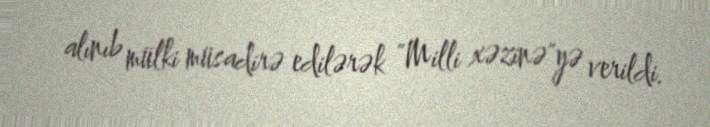
alınıb mülki müsadirə edilərək "Milli xəzinə"yə verildi.